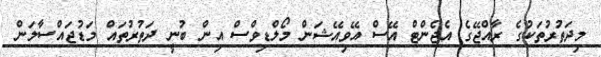
މިދަތުރުތަކުގެ ރާއްޖޭގެ އެޖެންޓް އޭސް އޭވިއޭޝަން މޯލްޑިވްސް އިން ބުނީ ދަތުރުތައް މަޑުޖައްސާލަން